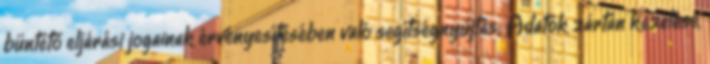
büntető eljárási jogainak érvényesítésében való segítségnyújtás; Adatok zártan kezelése,